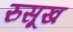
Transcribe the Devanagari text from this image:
रुसूख